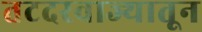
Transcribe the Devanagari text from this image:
तटदरवाज्यातून